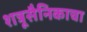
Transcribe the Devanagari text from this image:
शत्रूसैनिकाचा